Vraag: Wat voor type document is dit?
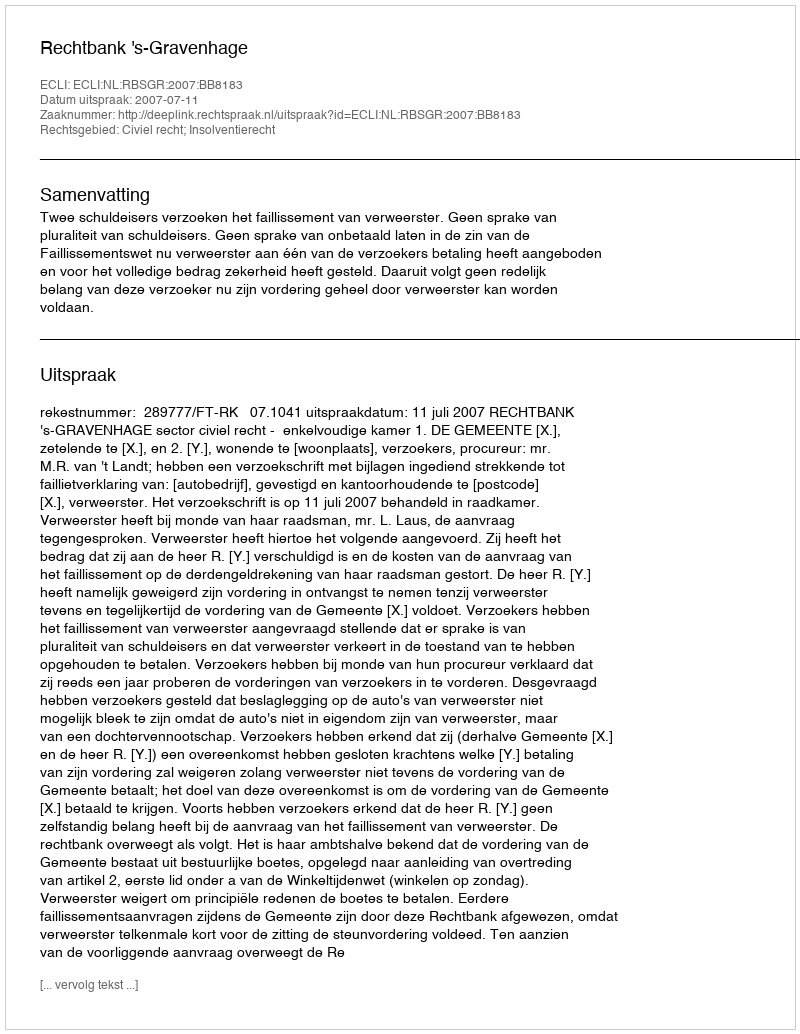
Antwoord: Uitspraak